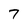
Character: 7